65_HS1-834228961_62-HQ-83894_Section_9
Agency: FBI
Page 231
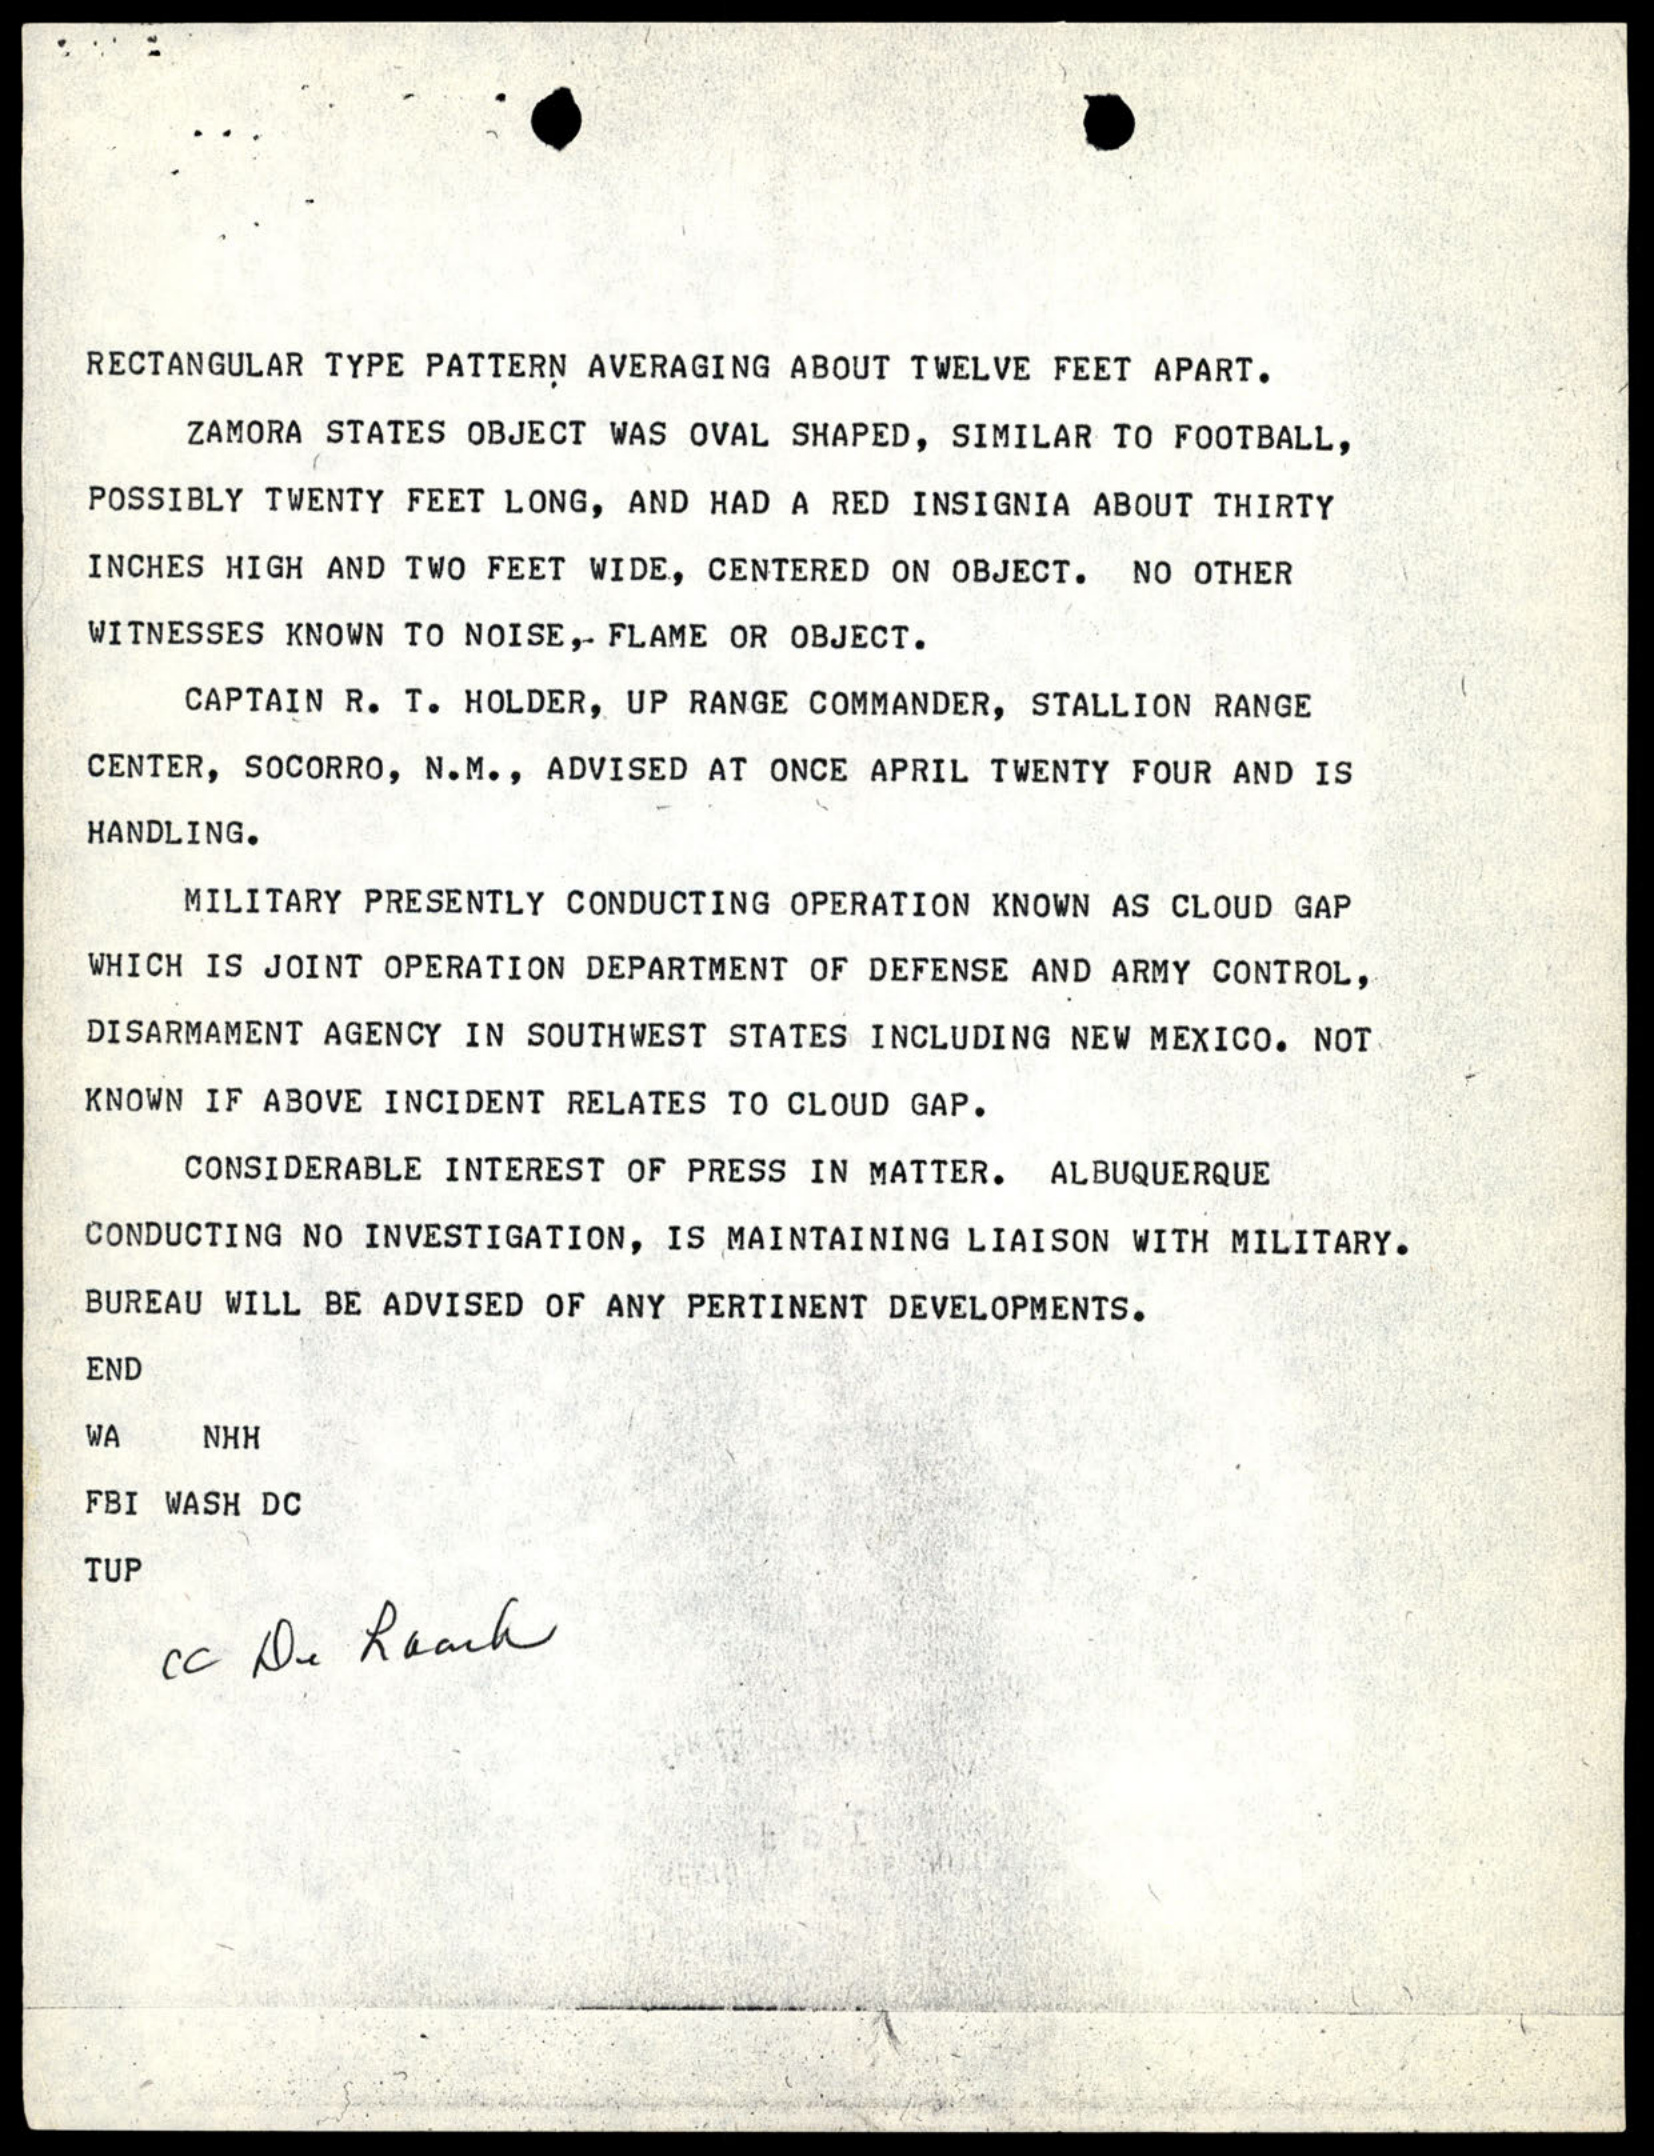